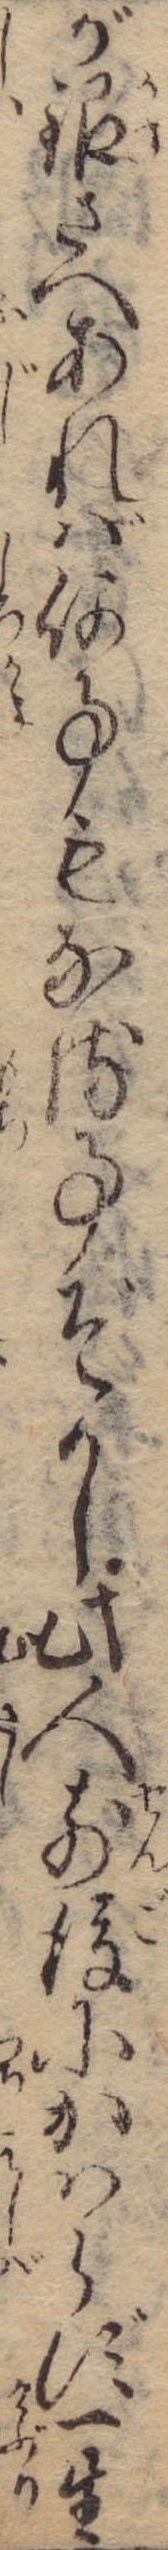
が銀さへあれば何事もなる事ぞかし此人前後にかはらず一生